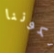
لكوننا